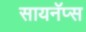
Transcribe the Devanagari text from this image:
सायनॅप्स